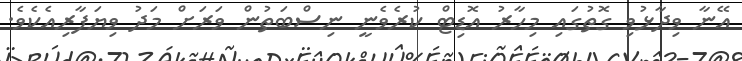
އޭނާ ވިދާޅުވި ގޮތުގައި މިހާރު އޮޑިޓް ކުރެވެނީ ނިސްބަތުން ވަރަށް މަދު ވިޔަފާރިއެކެވެ.